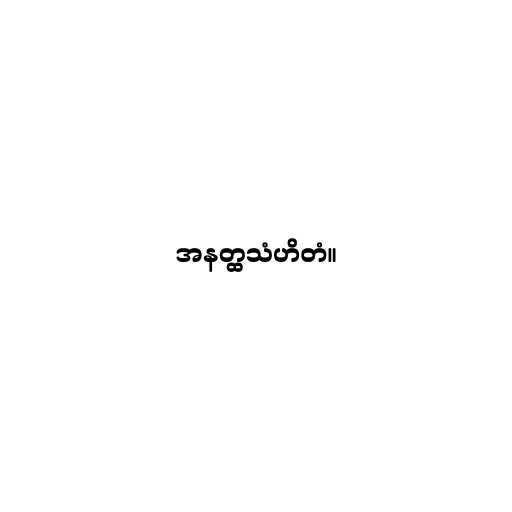
အနတ္ထသံဟိတံ။